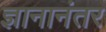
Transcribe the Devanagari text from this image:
ज्ञानानंतर